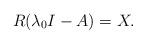
LaTeX: \begin{align*}R(\lambda_0 I-A)=X.\end{align*}